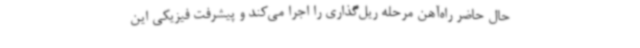
حال حاضر راه‌آهن مرحله ریل‌گذاری را اجرا می‌کند و پیشرفت فیزیکی این